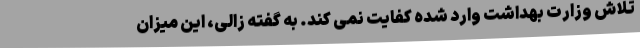
تلاش وزارت بهداشت وارد شده کفایت نمی کند. به گفته زالی، این میزان